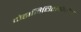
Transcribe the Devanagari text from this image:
दोहानिधितत्वोपदेश